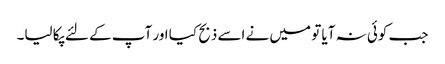
جب کوئی نہ آیا تو میں نے اسے ذبح کیا اور آپ کے لئے پکا لیا۔